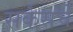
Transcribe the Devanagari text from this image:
सर्कसचे